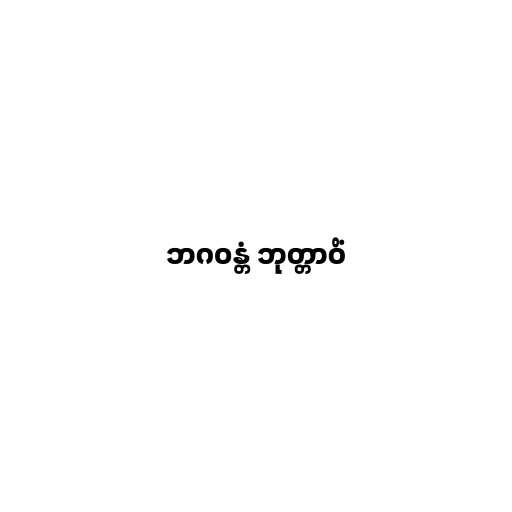
ဘဂဝန္တံ ဘုတ္တာဝိံ